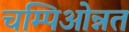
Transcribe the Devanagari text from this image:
चम्पिओन्नत